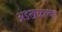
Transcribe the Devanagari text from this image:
अडखळल्या